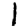
Digit: 1